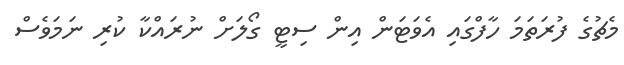
މެޗުގެ ފުރަތަމަ ހާފްގައި އެވަޓަން އިން ސިޓީ ގޯލަށް ނުރައްކާ ކުރި ނަމަވެސް